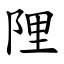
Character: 䧉